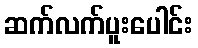
ဆက်လက်ပူးပေါင်း